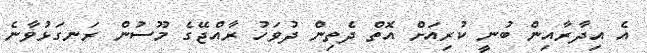
އެ އިދާރާއިން ބުނީ ކުރިއަށް އޮތް ދެތިން ދުވަހު ރާއްޖޭގެ މޫސުން ރަނގަޅުވާނެ